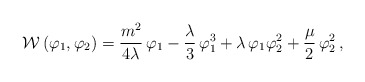
\begin{align*}{\cal W}\,(\varphi_1, \varphi_2) = \frac{m^2}{4\lambda} \,\varphi_1-\frac{\lambda}{3} \,\varphi_1^3 +\lambda\,\varphi_1\varphi_2^2+\frac{\mu}{2}\,\varphi_2^2\,,\end{align*}